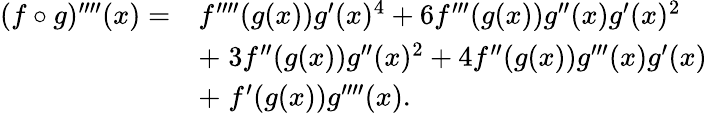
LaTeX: {\begin{array}{rl}{(f\circ g)^{\prime\prime\prime\prime}(x)=}&{f^{\prime\prime\prime\prime}(g(x))g^{\prime}(x)^{4}+6f^{\prime\prime\prime}(g(x))g^{\prime\prime}(x)g^{\prime}(x)^{2}}\\ &{+\; 3f^{\prime\prime}(g(x))g^{\prime\prime}(x)^{2}+4f^{\prime\prime}(g(x))g^{\prime\prime\prime}(x)g^{\prime}(x)}\\ &{+\; f^{\prime}(g(x))g^{\prime\prime\prime\prime}(x).}\end{array}}